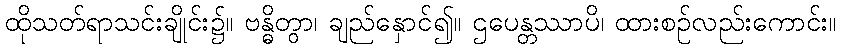
ထိုသတ်ရာသင်းချိုင်း၌။ ဗန္ဓိတွာ၊ ချည်နှောင်၍။ ဌပေန္တဿာပိ၊ ထားစဉ်လည်းကောင်း။